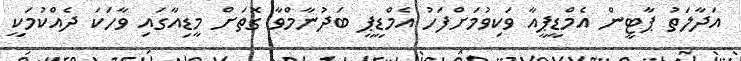
އަދާލަތު ޕާޓީން އެމްޑީޕީއާ ވަކިވުމަށްފަހު އެމްޑީޕީ ބަދުނާމްވާ ގޮތަށް މީޑިއާގައި ވާހަކަ ދެއްކުމަކީ